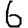
Digit: 6